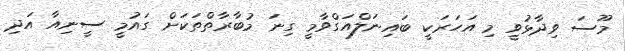
މޫސަ ވިދާޅުވީ މި އަހަރަކީ ބައިނަލްއަގްވާމީ ގިނަ މުބާރާތްތަކަށް ގައުމީ ސީނިއާ އަދި